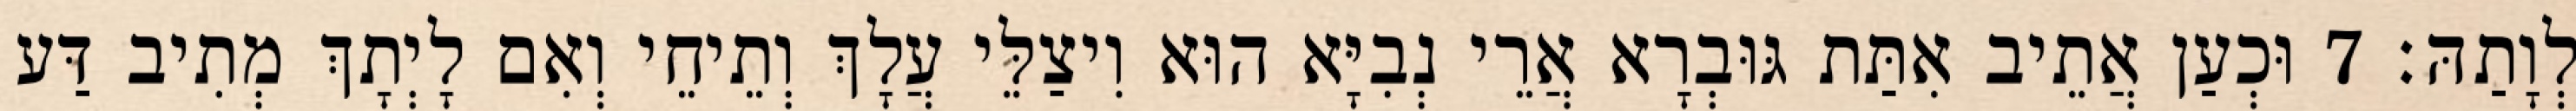
לְוָתַהּ׃ 7 וּכְעַן אֲתֵיב אִתַּת גּוּבְרָא אֲרֵי נְבִיָּא הוּא וִיצַלֵּי עֲלָךְ וְתֵיחֵי וְאִם לָיְתָךְ מְתִיב דַּע